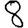
Digit: 8